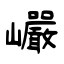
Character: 巗